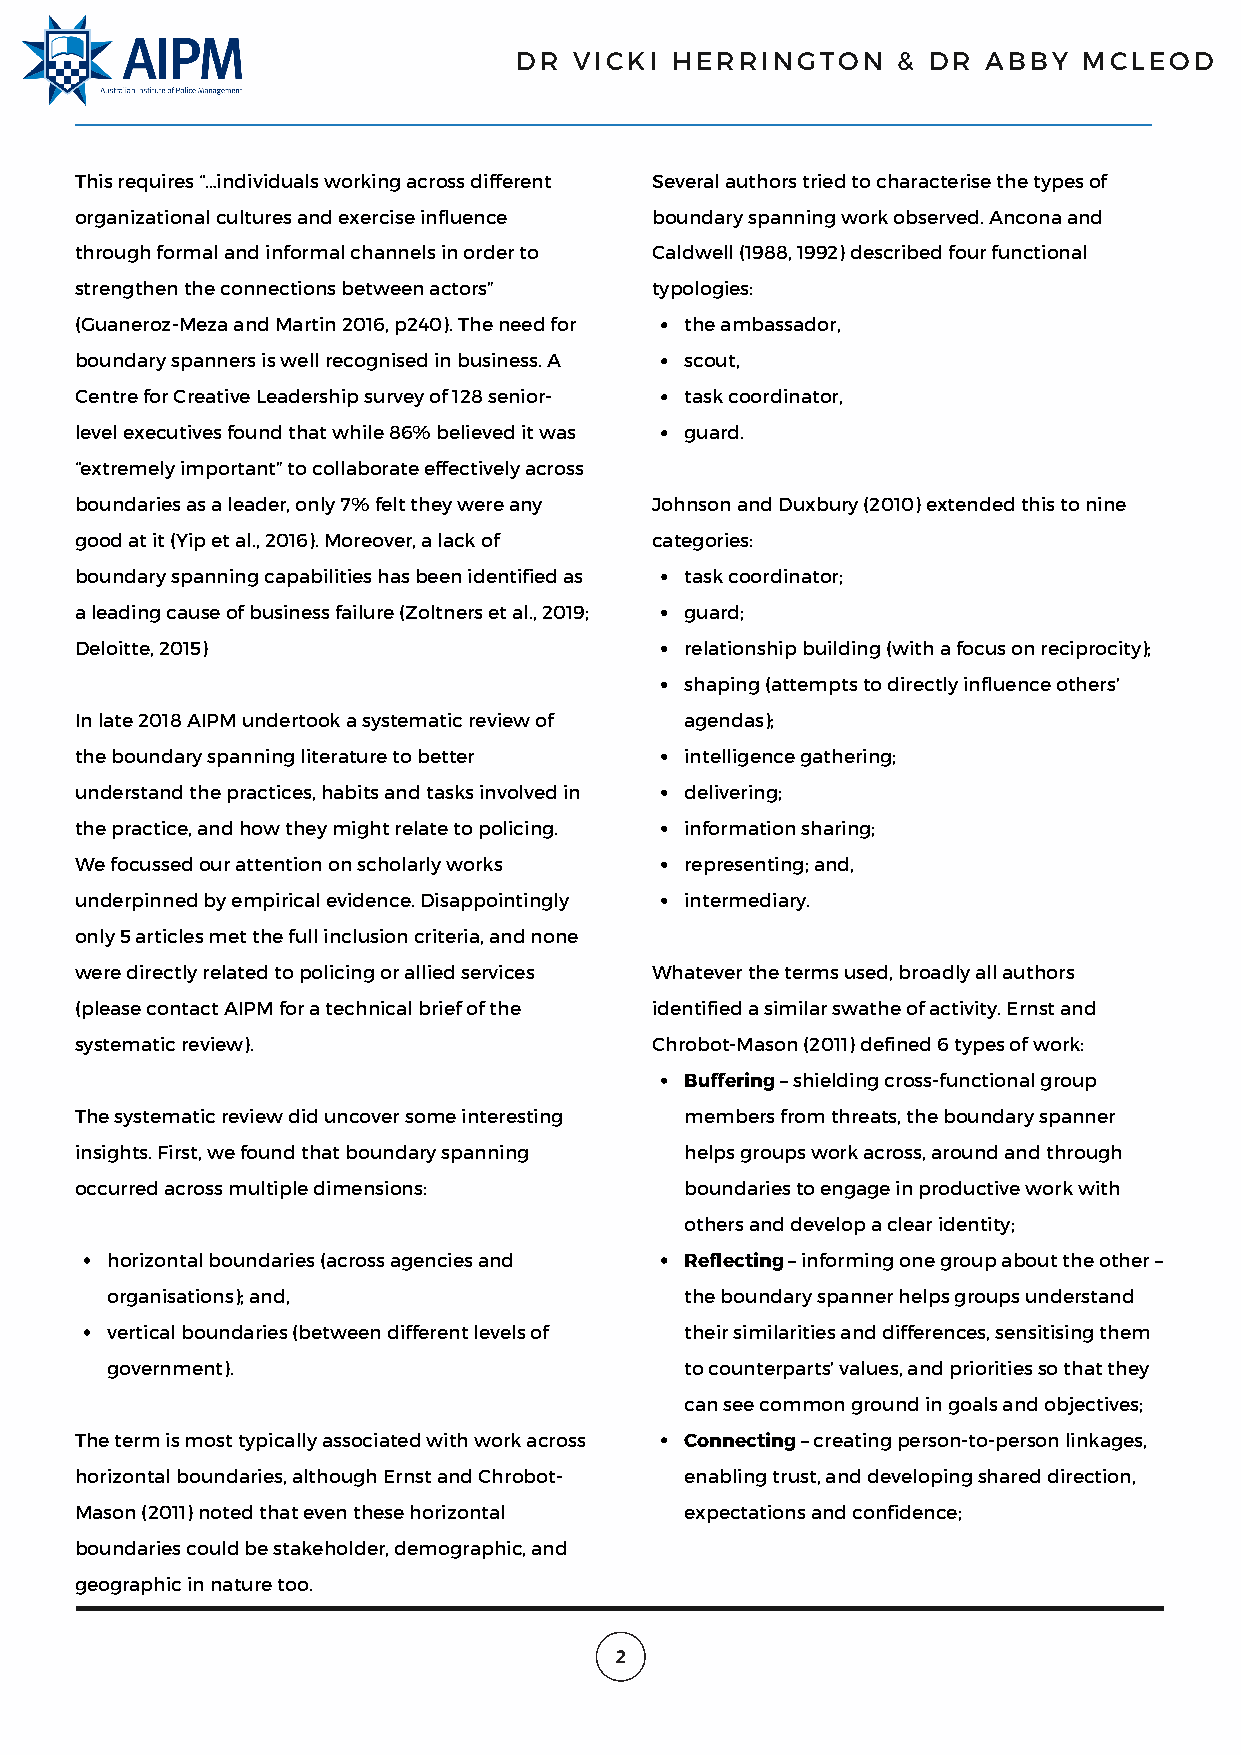
DR  VICKI HERRINGTON     & DR  ABBY   MCLEOD
 This requires “…individuals working across different Several authors tried to characterise the types of
 organizational cultures and exercise influence boundary spanning work observed. Ancona and
 through formal and informal channels in order to Caldwell (1988, 1992) described four functional
 strengthen the connections between actors” typologies:
 (Guaneroz-Meza and Martin 2016, p240). The need for the ambassador,
 boundary spanners is well recognised in business. A scout,
 Centre for Creative Leadership survey of 128 senior- task coordinator,
 level executives found that while 86% believed it was guard.
 “extremely important” to collaborate effectively across
 boundaries as a leader, only 7% felt they were any Johnson and Duxbury (2010) extended this to nine
 good at it (Yip et al., 2016). Moreover, a lack of categories:
 boundary spanning capabilities has been identified as task coordinator;
 a leading cause of business failure (Zoltners et al., 2019; guard;
 Deloitte, 2015)                         relationship building (with a focus on reciprocity);
 shaping (attempts to directly influence others’
 In late 2018 AIPM undertook a systematic review of agendas);
 the boundary spanning literature to better intelligence gathering;
 understand the practices, habits and tasks involved in delivering;
 the practice, and how they might relate to policing. information sharing;
 We focussed our attention on scholarly works representing; and,
 underpinned by empirical evidence. Disappointingly intermediary.
 only 5 articles met the full inclusion criteria, and none
 were directly related to policing or allied services Whatever the terms used, broadly all authors
 (please contact AIPM for a technical brief of the identified a similar swathe of activity. Ernst and
 systematic review).                   Chrobot-Mason (2011) defined 6 types of work:
 Buffering – shielding cross-functional group
 The systematic review did uncover some interesting members from threats, the boundary spanner
 insights. First, we found that boundary spanning helps groups work across, around and through
 occurred across multiple dimensions:    boundaries to engage in productive work with
 others and develop a clear identity;
 horizontal boundaries (across agencies and Reflecting – informing one group about the other –
 organisations); and,                  the boundary spanner helps groups understand
 vertical boundaries (between different levels of their similarities and differences, sensitising them
 government).                          to counterparts’ values, and priorities so that they
 can see common ground in goals and objectives;
 The term is most typically associated with work across Connecting – creating person-to-person linkages,
 horizontal boundaries, although Ernst and Chrobot- enabling trust, and developing shared direction,
 Mason (2011) noted that even these horizontal expectations and confidence;
 boundaries could be stakeholder, demographic, and
 geographic in nature too.